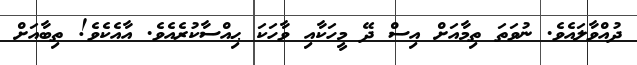
ދުއްވާލައެވެ. ނުވަތަ ތިމާއަށް އިސް ދޭ މީހަކާއި ވާހަކަ ޙިއްސާކުރެއެވެ. އާއެކެވެ! ތިބާއަށް